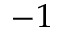
- 1